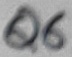
Text: Q6